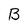
Character: B